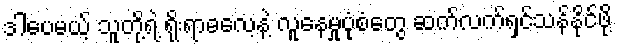
ဒါပေမယ့် သူတို့ရဲ့ ရိုးရာဓလေ့နဲ့ လူနေမှုပုံစံတွေ ဆက်လက်ရှင်သန်နိုင်ဖို့